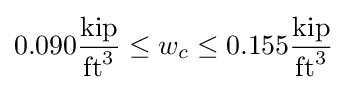
0.090{\frac {\textrm {kip}}{{\textrm {ft}}^{3}}}\leq w_{c}\leq 0.155{\frac {\textrm {kip}}{{\textrm {ft}}^{3}}}